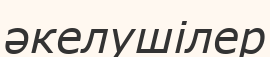
әкелушілер